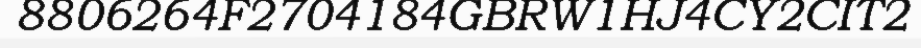
8806264F2704184GBRW1HJ4CY2CIT2